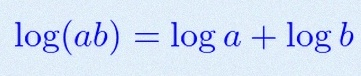
\log(ab)=\log a+\log b